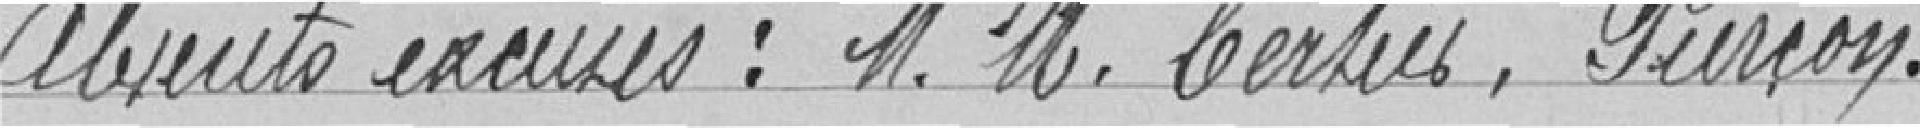
Absents excusés : M. M. Berlier, Pierçon.